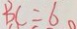
B C = 6